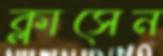
ক্লাসেন